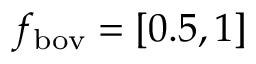
f _ { \mathrm { b o v } } = [ 0 . 5 , 1 ]